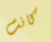
كانت